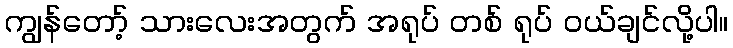
ကျွန်တော့် သားလေးအတွက် အရုပ် တစ် ရုပ် ဝယ်ချင်လို့ပါ။